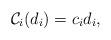
LaTeX: \begin{align*}\mathcal {C}_i(d_i)=c_id_i,\end{align*}